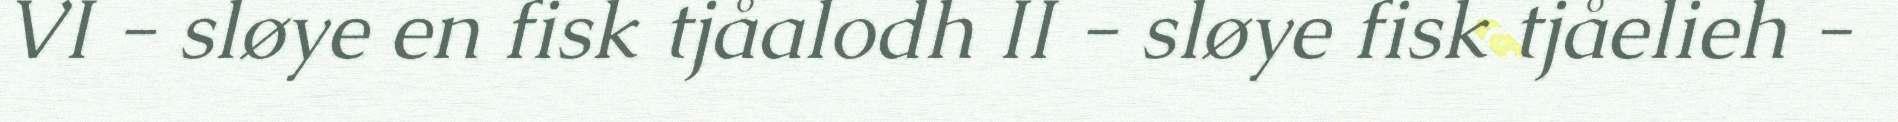
VI - sløye en fisk tjåalodh II - sløye fisk tjåelieh -